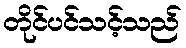
တိုင်ပင်သင့်သည်